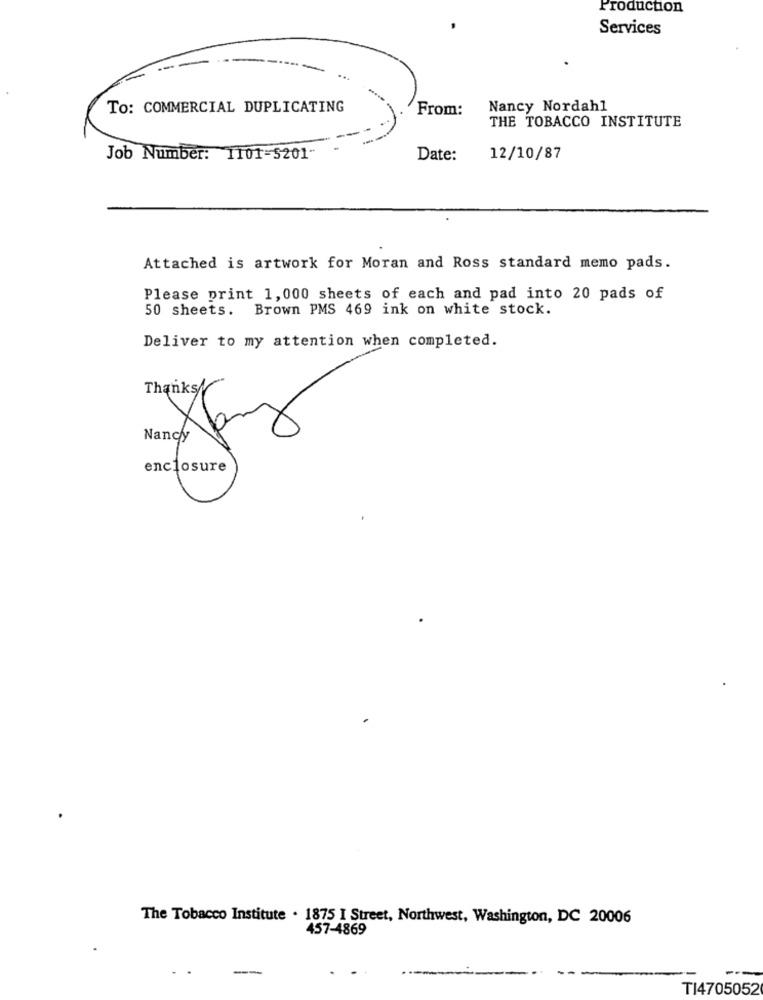
Production
Services
To: COMMERCIAL DUPLICATING
From:
Nancy Nordahl
THE TOBACCO INSTITUTE
Job Number: 1101=5201"
Date:
12/10/87
Attached is artwork for Moran and Ross standard memo pads.
Please print 1,000 sheets of each and pad into 20 pads of
50 sheets. Brown PMS 469 ink on white stock.
Deliver to my attention when completed.
Thanks
Nancy
enclosure
The Tobacco Institute . 1875 I Street, Northwest, Washington, DC 20006
457-4869
TI4705052